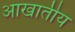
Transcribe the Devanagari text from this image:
आखातीय